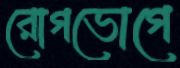
রোগভোগে